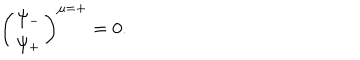
\left( \begin{array} { c } { { \psi _ { - } } } \\ { { \psi _ { + } } } \\ \end{array} \right) ^ { \mu = + } = 0 .